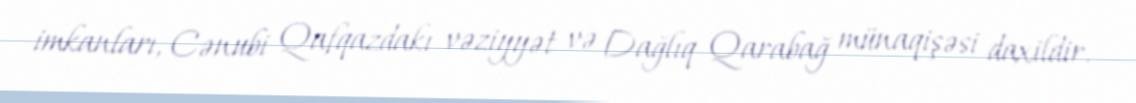
imkanları, Cənubi Qafqazdakı vəziyyət və Dağlıq Qarabağ münaqişəsi daxildir.